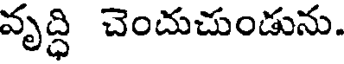
వృద్ధి చెంచుచుండును.